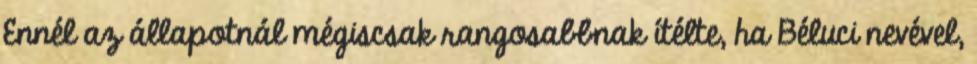
Ennél az állapotnál mégiscsak rangosabbnak ítélte, ha Béluci nevével,